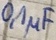
Text: 0,1µF